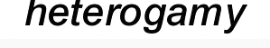
heterogamy